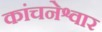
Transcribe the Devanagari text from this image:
कांचनेश्वार